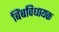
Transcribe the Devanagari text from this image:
बिंबविधायक